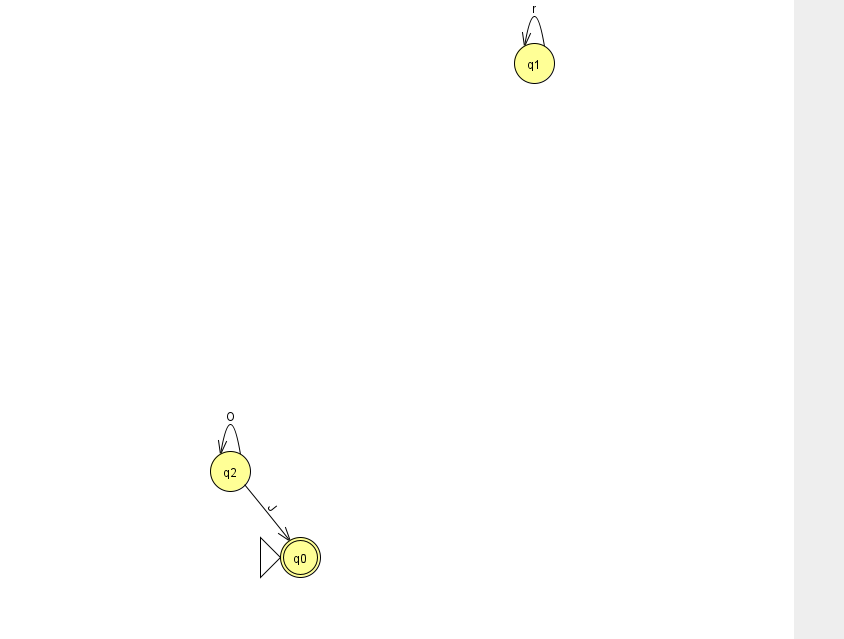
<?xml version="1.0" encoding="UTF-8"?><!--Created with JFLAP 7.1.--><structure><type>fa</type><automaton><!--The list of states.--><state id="0" name="q0"><x>300.0</x><y>544.0</y><initial/><final/></state><state id="1" name="q1"><x>534.0</x><y>50.0</y></state><state id="2" name="q2"><x>230.0</x><y>458.0</y></state><!--The list of transitions.--><transition><from>2</from><to>0</to><read>J</read></transition><transition><from>1</from><to>1</to><read>r</read></transition><transition><from>2</from><to>2</to><read>O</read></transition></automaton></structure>